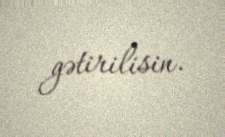
gətirilisin.